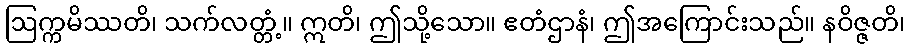
ဩက္ကမိဿတိ၊ သက်လတ္တံ့။ ဣတိ၊ ဤသို့သော။ ဧတံဌာနံ၊ ဤအကြောင်းသည်။ နဝိဇ္ဇတိ၊